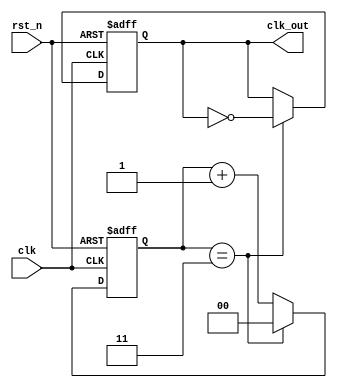
module div_4(
    input clk,
    input rst_n,
    output reg clk_out
);
reg [1:0]cnt;
always @(posedge clk or negedge rst_n) begin
    if(!rst_n)
        cnt<=0;
    else begin
        if (cnt==3)
            cnt<=0;
        else
            cnt<=cnt+1;
    end
end
always @(posedge clk or negedge rst_n) begin
    if(!rst_n)begin
        clk_out<=0;
    end
    else begin
        if(cnt==3)
            clk_out<=~clk_out;
        else
            clk_out<=clk_out;
    end
end
endmodule